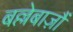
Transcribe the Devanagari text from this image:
बल्लेबाज़ौं